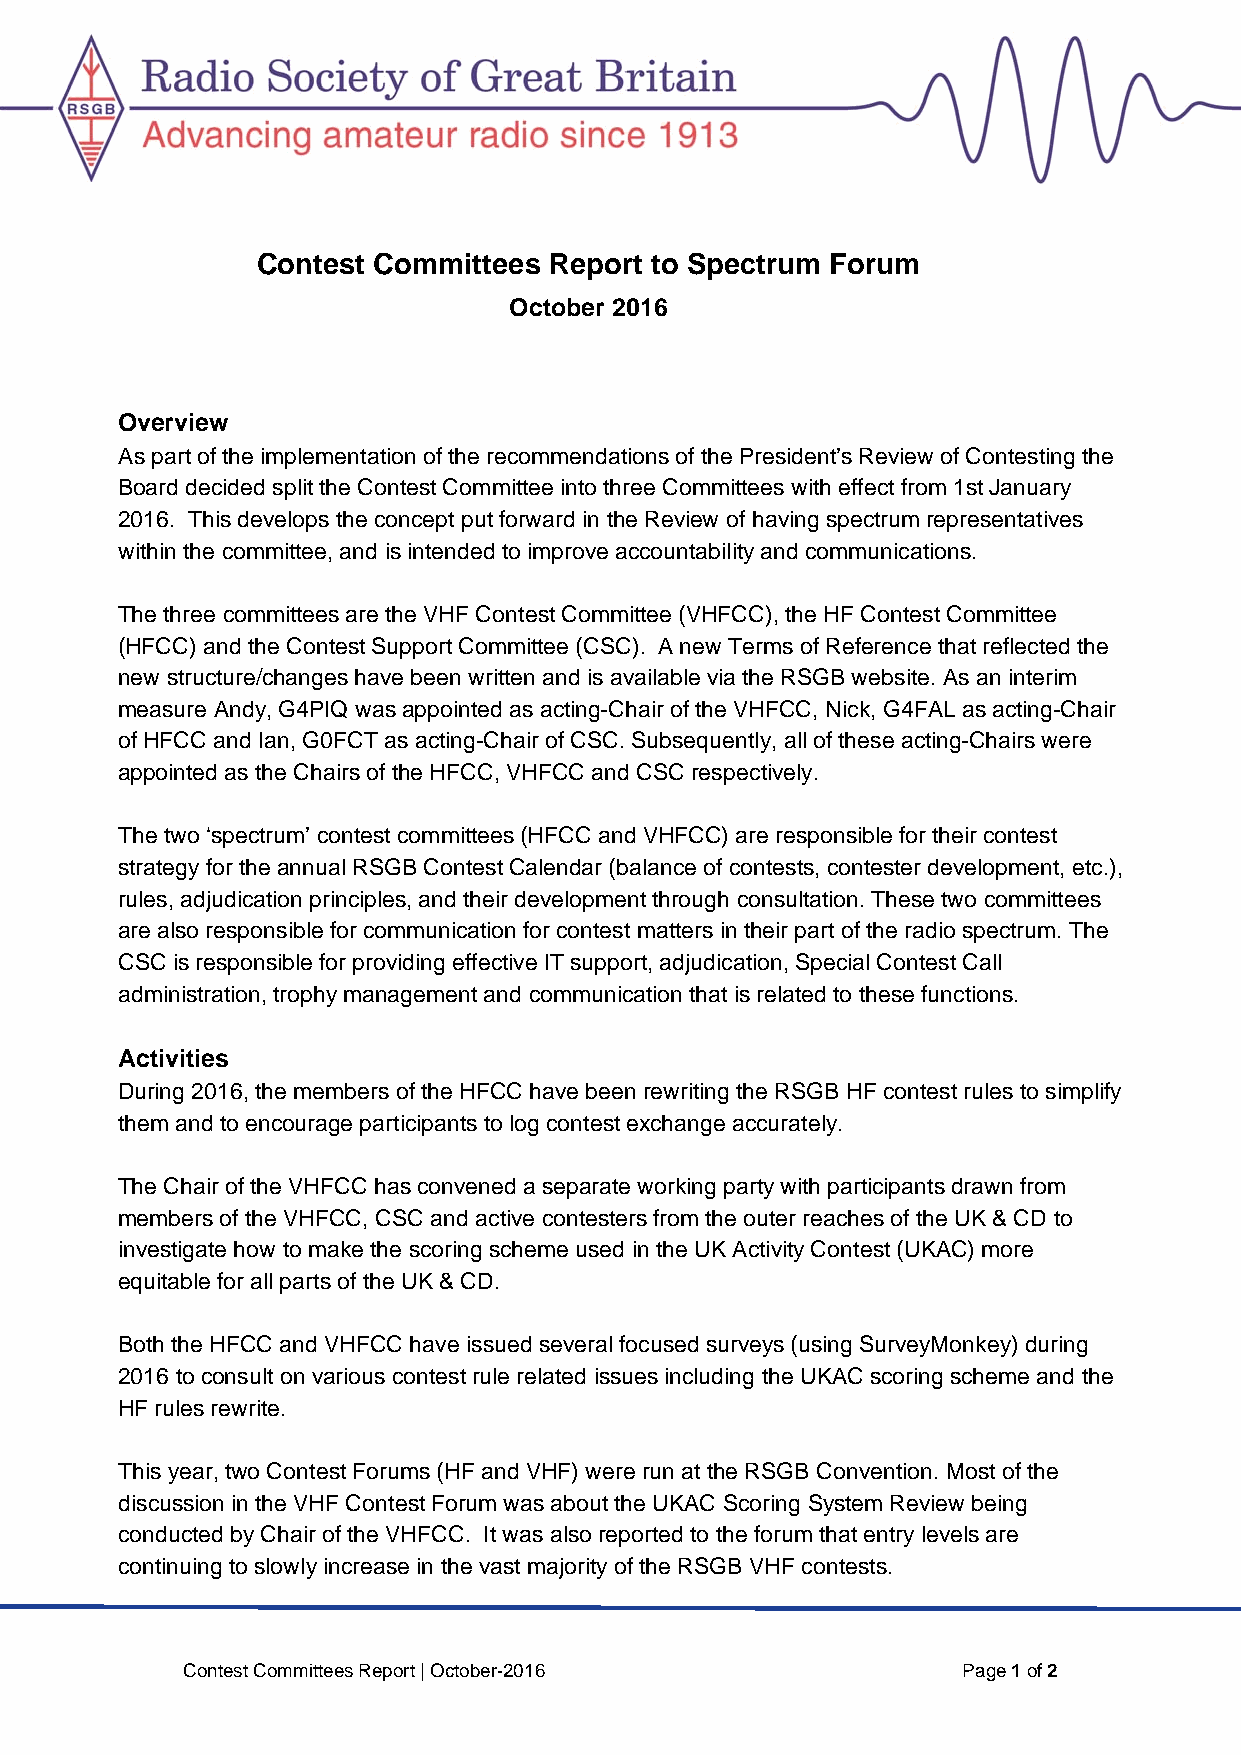
Contest Committees Report to Spectrum Forum
 October 2016
 Overview
 As part of the implementation of the recommendations of the President’s Review of Contesting the
 Board decided split the Contest Committee into three Committees with effect from 1st January
 2016. This develops the concept put forward in the Review of having spectrum representatives
 within the committee, and is intended to improve accountability and communications.
 The three committees are the VHF Contest Committee (VHFCC), the HF Contest Committee
 (HFCC) and the Contest Support Committee (CSC). A new Terms of Reference that reflected the
 new structure/changes have been written and is available via the RSGB website. As an interim
 measure Andy, G4PIQ was appointed as acting-Chair of the VHFCC, Nick, G4FAL as acting-Chair
 of HFCC and Ian, G0FCT as acting-Chair of CSC. Subsequently, all of these acting-Chairs were
 appointed as the Chairs of the HFCC, VHFCC and CSC respectively.
 The two ‘spectrum’ contest committees (HFCC and VHFCC) are responsible for their contest
 strategy for the annual RSGB Contest Calendar (balance of contests, contester development, etc.),
 rules, adjudication principles, and their development through consultation. These two committees
 are also responsible for communication for contest matters in their part of the radio spectrum. The
 CSC is responsible for providing effective IT support, adjudication, Special Contest Call
 administration, trophy management and communication that is related to these functions.
 Activities
 During 2016, the members of the HFCC have been rewriting the RSGB HF contest rules to simplify
 them and to encourage participants to log contest exchange accurately.
 The Chair of the VHFCC has convened a separate working party with participants drawn from
 members of the VHFCC, CSC and active contesters from the outer reaches of the UK & CD to
 investigate how to make the scoring scheme used in the UK Activity Contest (UKAC) more
 equitable for all parts of the UK & CD.
 Both the HFCC and VHFCC have issued several focused surveys (using SurveyMonkey) during
 2016 to consult on various contest rule related issues including the UKAC scoring scheme and the
 HF rules rewrite.
 This year, two Contest Forums (HF and VHF) were run at the RSGB Convention. Most of the
 discussion in the VHF Contest Forum was about the UKAC Scoring System Review being
 conducted by Chair of the VHFCC. It was also reported to the forum that entry levels are
 continuing to slowly increase in the vast majority of the RSGB VHF contests.
 Contest Committees Report | October-2016            Page 1 of 2